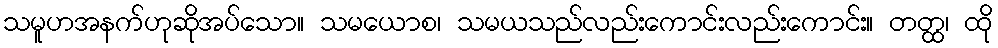
သမူဟအနက်ဟုဆိုအပ်သော။ သမယောစ၊ သမယသည်လည်းကောင်းလည်းကောင်း။ တတ္ထ၊ ထို